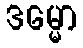
ဒမ္မော